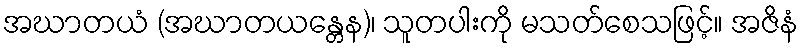
အဃာတယံ (အဃာတယန္တေန)၊ သူတပါးကို မသတ်စေသဖြင့်။ အဇိနံ